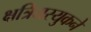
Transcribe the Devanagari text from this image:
क्षत्रियस्युकने